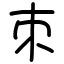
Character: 朿